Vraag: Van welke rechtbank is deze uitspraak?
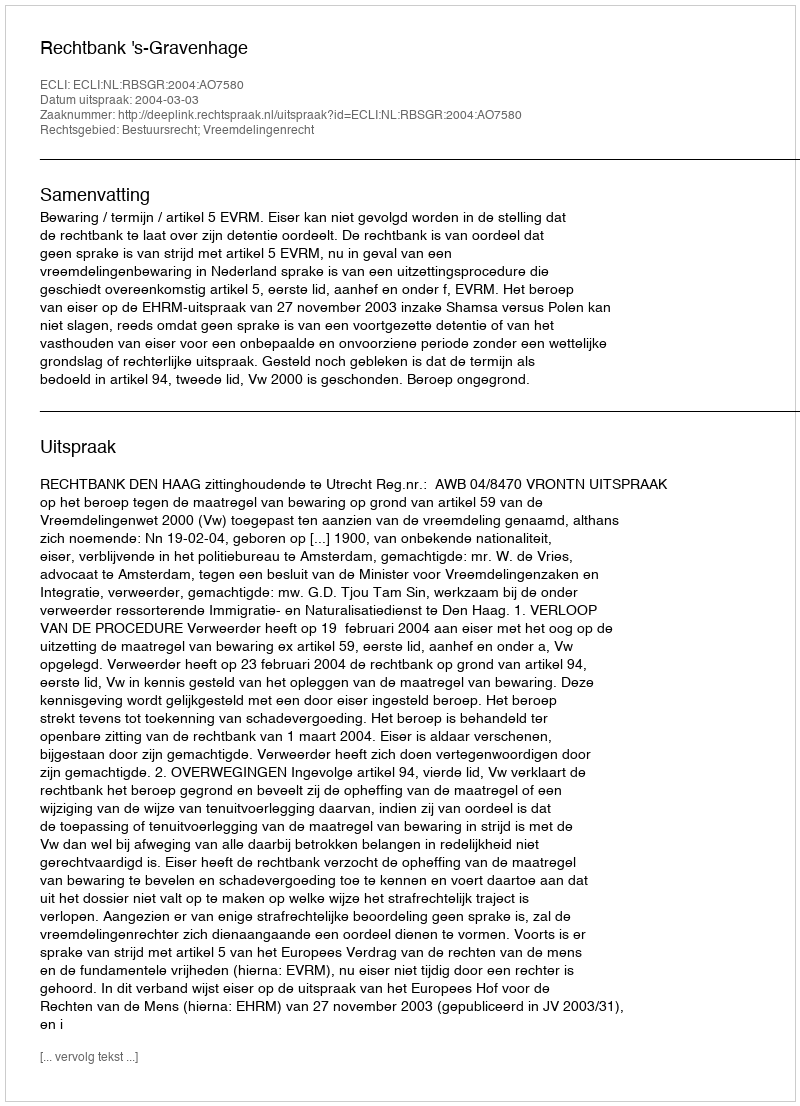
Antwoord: Rechtbank 's-Gravenhage